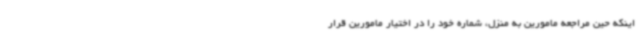
اینکه حین مراجعه مامورین به منزل، شماره خود را در اختیار مامورین قرار